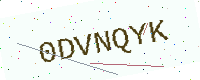
Text: 0DVNQYK